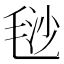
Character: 𣮅